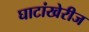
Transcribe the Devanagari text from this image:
घाटांखेरीज